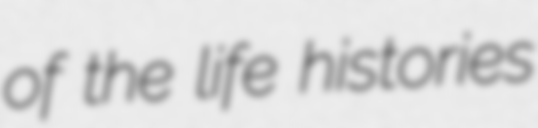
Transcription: of the life histories